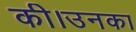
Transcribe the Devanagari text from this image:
की।उनका